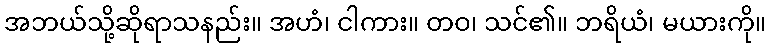
အဘယ်သို့ဆိုရာသနည်း။ အဟံ၊ ငါကား။ တဝ၊ သင်၏။ ဘရိယံ၊ မယားကို။